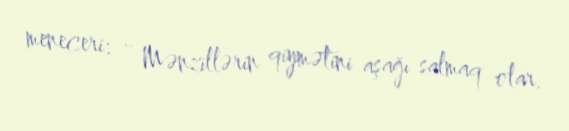
meneceri: - Mənzillərin qiymətini aşağı salmaq olar.